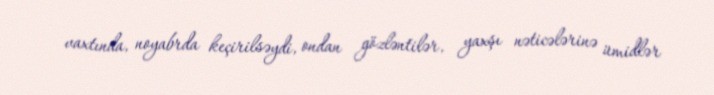
vaxtında, noyabrda keçirilsəydi, ondan gözləntilər, yaxşı nəticələrinə ümidlər